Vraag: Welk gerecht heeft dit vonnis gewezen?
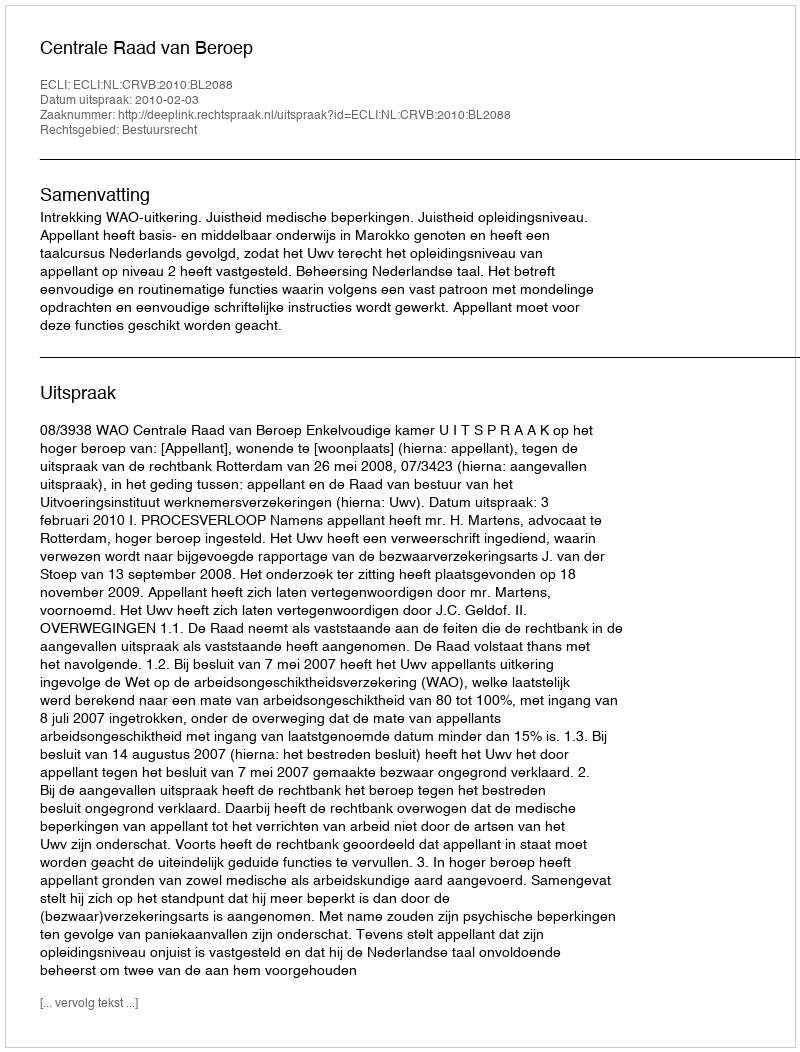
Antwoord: Centrale Raad van Beroep